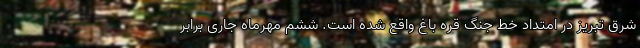
شرق تبریز در امتداد خط جنگ قره باغ واقع شده است. ششم مهرماه جاری برابر